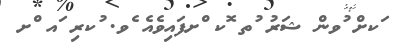
ަކށް ުވން ޝަރު ުތ ޮކ ްށފައިވެއެ ެވ. ުކރި ައ ްށ